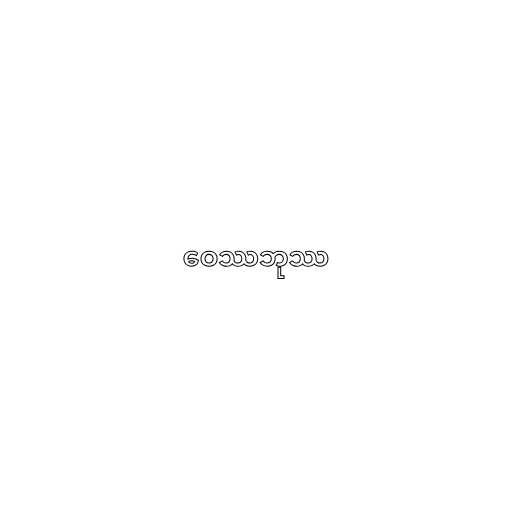
ဝေဿဘုဿ